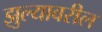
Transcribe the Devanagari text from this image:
झुल्यावरील